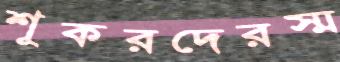
শূকরদেরস্ম